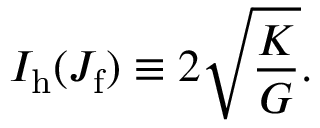
I _ { \mathrm { h } } ( J _ { \mathrm { f } } ) \equiv 2 \sqrt { \frac { K } { G } } .